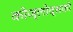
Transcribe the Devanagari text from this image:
कोज्लोव्सकी